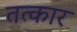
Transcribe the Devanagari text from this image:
तत्कार